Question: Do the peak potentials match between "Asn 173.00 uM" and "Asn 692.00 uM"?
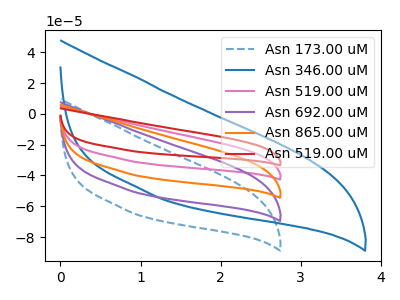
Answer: <think>The blue dashed curve "Asn 173.00 uM" has no peaks. The blue curve "Asn 346.00 uM" has no peaks. The pink curve "Asn 519.00 uM" has no peaks. The purple curve "Asn 692.00 uM" has no peaks. The orange curve "Asn 865.00 uM" has no peaks. The red curve "Asn 519.00 uM" has no peaks.</think>
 <answer>Niether CV has any peaks.</answer>
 <eval>blanks</eval>